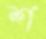
শ